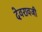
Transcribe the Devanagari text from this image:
देवरावजी